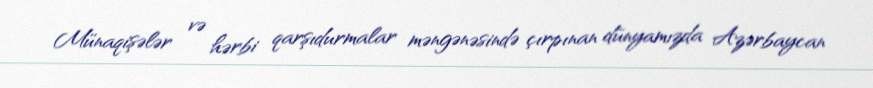
Münaqişələr və hərbi qarşıdurmalar məngənəsində çırpınan dünyamızda Azərbaycan